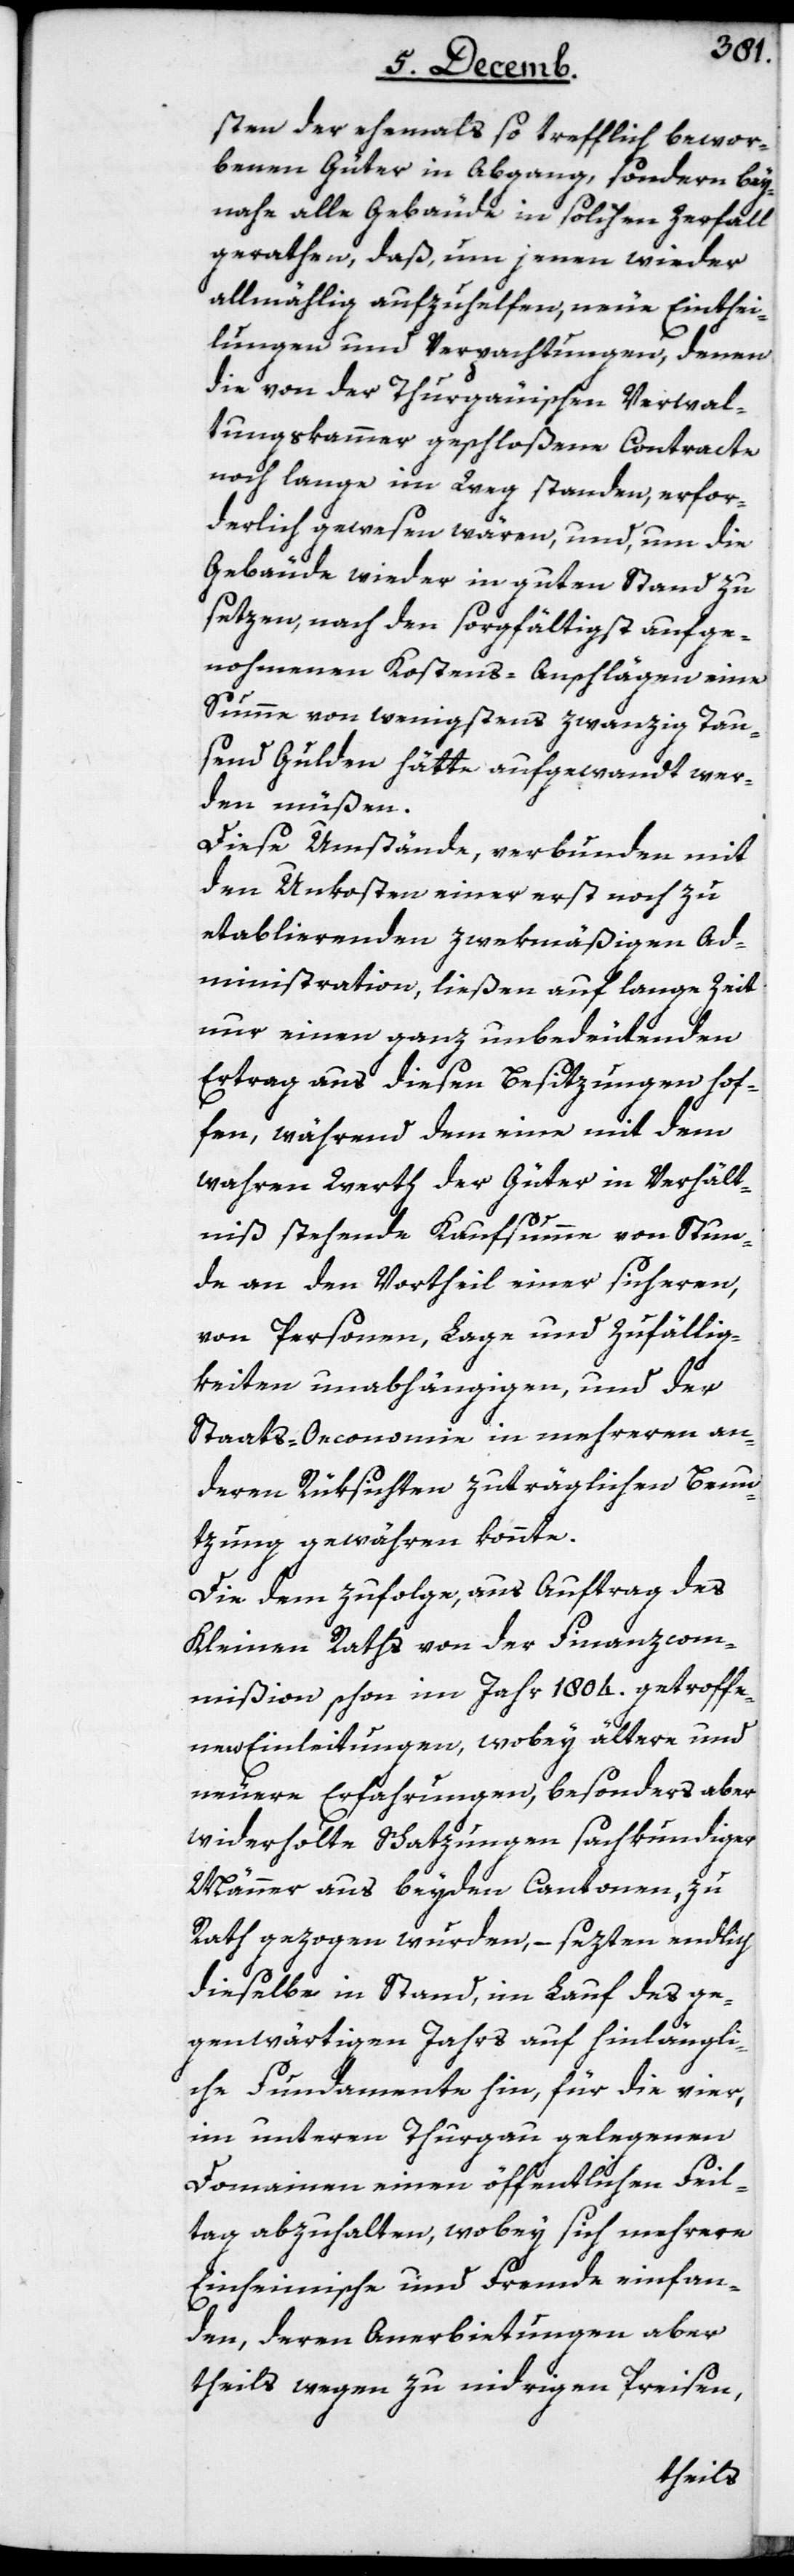
sten der ehemahls so trefflich bewor¬
benen Güter in Abgang, sondern bey¬
nahe alle Gebäude in solchen Zerfall
gerathen, daß um jenen wieder
allmählig aufzuhelfen, neue Einthei¬
lungen und Verpachtungen, denen
die von der Thurgäuischen Verwal¬
tungskammer geschloßene Contracte
noch lange im Weg standen, erfor¬
derlich gewesen wären, und, um die
Gebäude wieder in guten Stand zu
setzen, nach den sorgfältigst aufge¬
nohmenen Kostens-Anschlägen eine
Summe von wenigstens zwanzig tau¬
send Gulden hätte aufgewandt wer¬
den müßen.
Diese Umstände, verbunden mit
den Unkosten einer erst noch zu
etablierenden zwekmäßigen Ad¬
ministration, ließen auf lange Zeit
nur einen ganz unbedeutenden
Ertrag aus diesen Besitzungen hof¬
fen, während dem eine mit dem
wahren Werth der Güter in Verhält¬
niß stehende Kaufsumme von Stun¬
de an den Vortheil einer sicheren,
von Personen, Lage und Zufällig¬
keiten unabhängigen, und der
Staats-Oeconomie in mehreren an¬
deren Rüksichten zuträglichen Benu¬
tzung gewähren könnte.
Die dem zufolge, aus Auftrag des
Kleinen Raths von der Finanzcom¬
mißion schon im Jahr 1804. getroffe¬
nen Einleitungen, wobey ältere und
neuere Erfahrungen, besonders aber
wiederholte Schatzungen sachkundiger
Männer aus beyden Cantonen, zu
Rath gezogen wurden, – sezten endlich
dieselbe in Stand, im Lauf des ge¬
genwärtigen Jahrs auf hinlängli¬
che Fundamente hin, für die vier,
im untern Thurgau gelegenen
Domainen einen öffentlichen Feil¬
tag abzuhalten, wobey sich mehrere
Einheimische und Fremde einfan¬
den, deren Anerbietungen aber
theils wegen zu niedrigen Preisen,